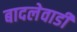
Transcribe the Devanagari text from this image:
बादलेवाडी